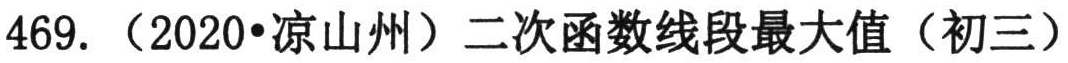
469. （2020•凉山州）二次函数线段最大值（初三）